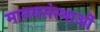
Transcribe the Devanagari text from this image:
मानवसंस्थाओं